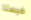
فيستا